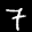
Label: 7